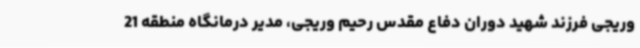
وریجی فرزند شهید دوران دفاع مقدس رحیم وریجی، مدیر درمانگاه منطقه 21